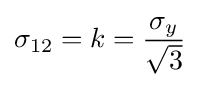
\sigma _{12}=k={\frac {\sigma _{y}}{\sqrt {3}}}\,\!